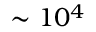
\sim 1 0 ^ { 4 }